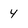
Character: 4